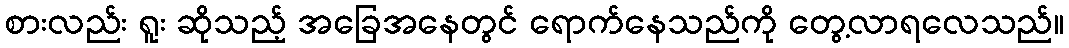
စားလည်း ရူး ဆိုသည့် အခြေအနေတွင် ရောက်နေသည်ကို တွေ့လာရလေသည်။